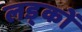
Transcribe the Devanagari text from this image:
लड्कों